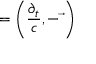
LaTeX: \mathbf { \partial } = \left( { \frac { \partial _ { t } } { c } } , - { \vec { \mathbf { \nabla } } } \right)